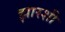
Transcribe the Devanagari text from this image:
झारशी